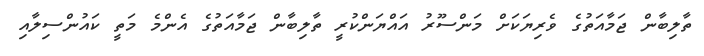
ތާލިބާން ޖަމާއަތުގެ ވެރިޔަކަށް މަންސޫރު އައްޔަންކުރީ ތާލިބާން ޖަމާއަތުގެ އެންމެ މަތީ ކައުންސިލާއި